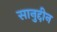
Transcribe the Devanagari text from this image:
सानुद्दीन